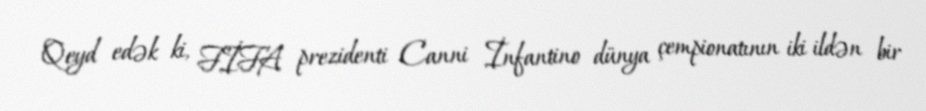
Qeyd edək ki, FİFA prezidenti Canni İnfantino dünya çempionatının iki ildən bir